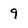
Character: 9